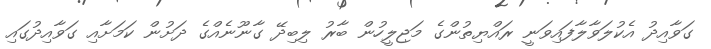
ގަވާއިދު އެކުލަވާލާފައިވަނީ ރައްޔިތުންގެ މަޖިލީހުން ބާރު ލިބިދޭ ގާނޫނެއްގެ ދަށުން ކަމަށާއި ގަވާއިދުގައި